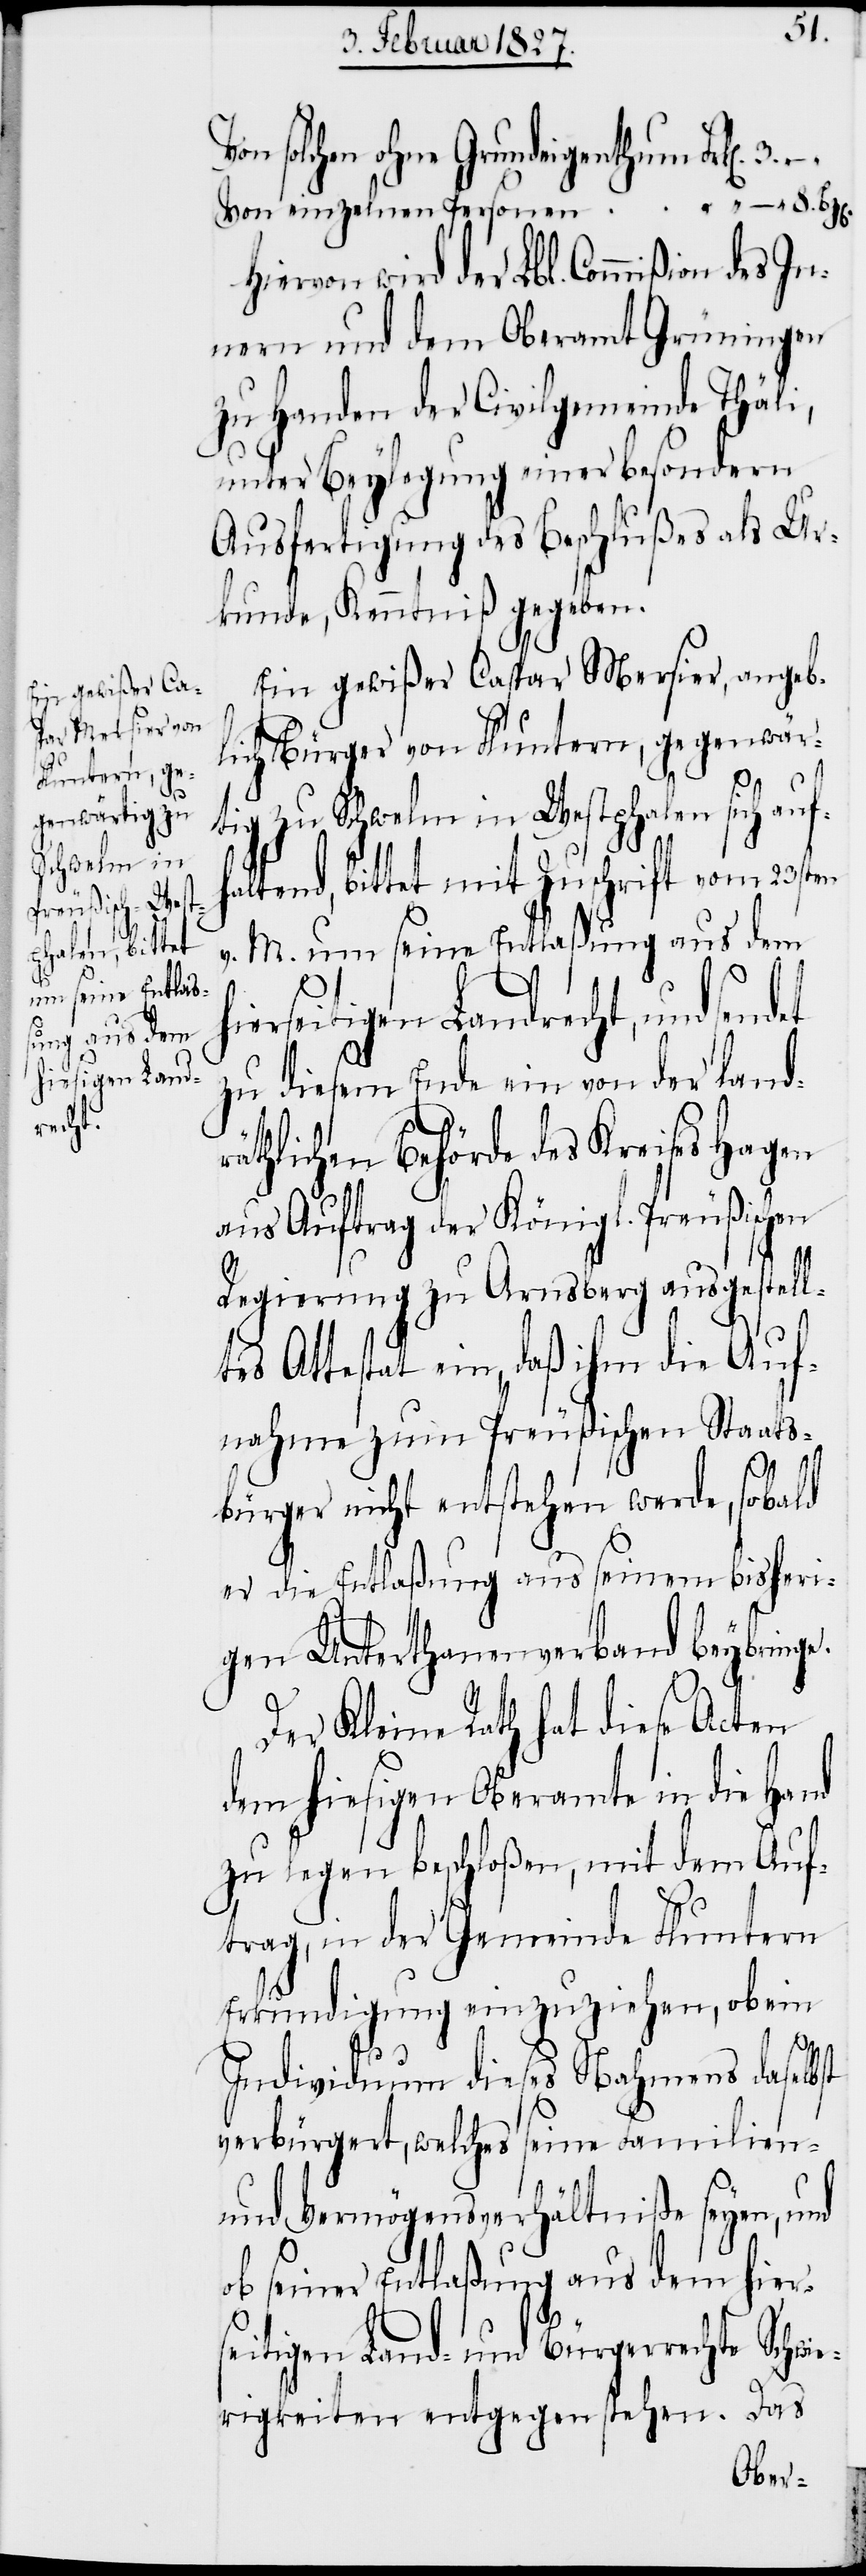
–

Von solchen ohne Grundeigenthum			Frk[e¬
Von einzelnen Personen 			 “ – 8.
Hiervon wird der Lbl. Commißion des
nern und dem Oberamt Grüningen
zu Handen der Civilgemeinde Thäli,
unter Beylegung einer besondern
Ausfertigung des Beschlußes als Ur¬
kunde, Kenntniß gegeben.
Ein gewißer Caspar Mersier, angeb¬
lich Bürger von Fluntern, gegenwär¬
hi¬
3.
tig zu Schwelm in Westphalen sich auf¬
ltend, bittet mit Zuschrift vom 23sten
v. M. um seine Entlaßung aus dem
erseitigen Landrecht, und
zu diesem Ende ein von der landr¬
äthlichen Behörde des Kreises Hagen
aus Auftrag der Königl. Preußischen
Regierung zu Arnsberg ausgestell¬
tes Attestat ein, daß ihm die Auf¬
nahme zum Preußischen Staats¬
bürger nicht entstehen werde, sobald
er die Entlaßung aus seinem bisheri¬
gen Unterthanenverband beybringe.
Der Kleine Rath hat diese Acten
dem hiesigen Oberamte in die Hand
zu legen beschloßen, mit dem Auf¬
trag, in der Gemeinde Fluntern
Erkundigung einzuziehen, ob ein
Individuum dieses Nahmens daselbst
verbürgert, welches seine Familien-
und Vermögensverhältniße seyen, und
ob seiner Entlaßung aus dem hiers¬
eitigen Land- und Bürgerrechte Schwi¬
erigkeiten entgegen stehen. Das